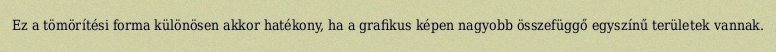
Ez a tömörítési forma különösen akkor hatékony, ha a grafikus képen nagyobb összefüggő egyszínű területek vannak.